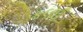
કલઈ